Manual of vaccination for the United Provinces of Agra and Oudh -
Year: 1903
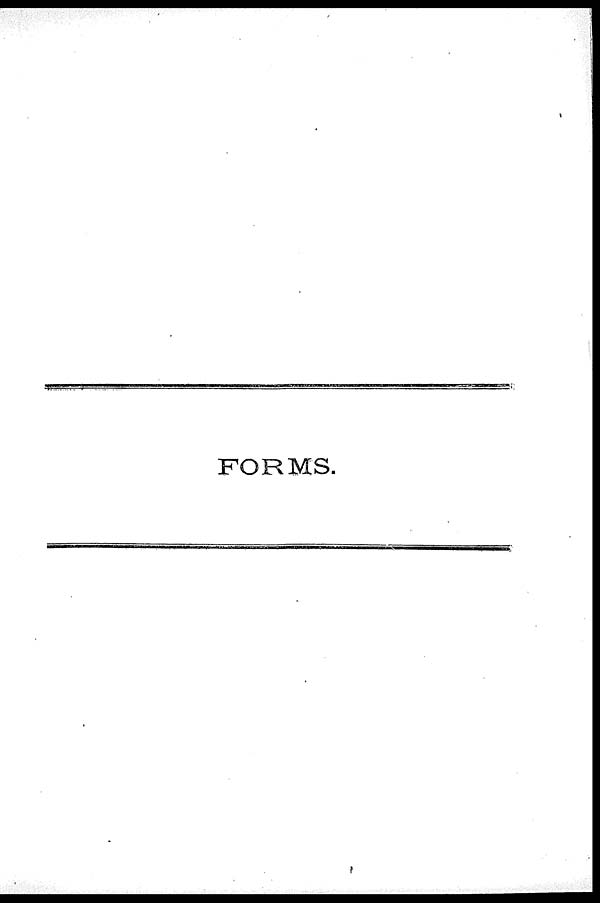
FORMS.